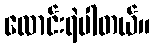
လောင်းရဲပါတယ်။